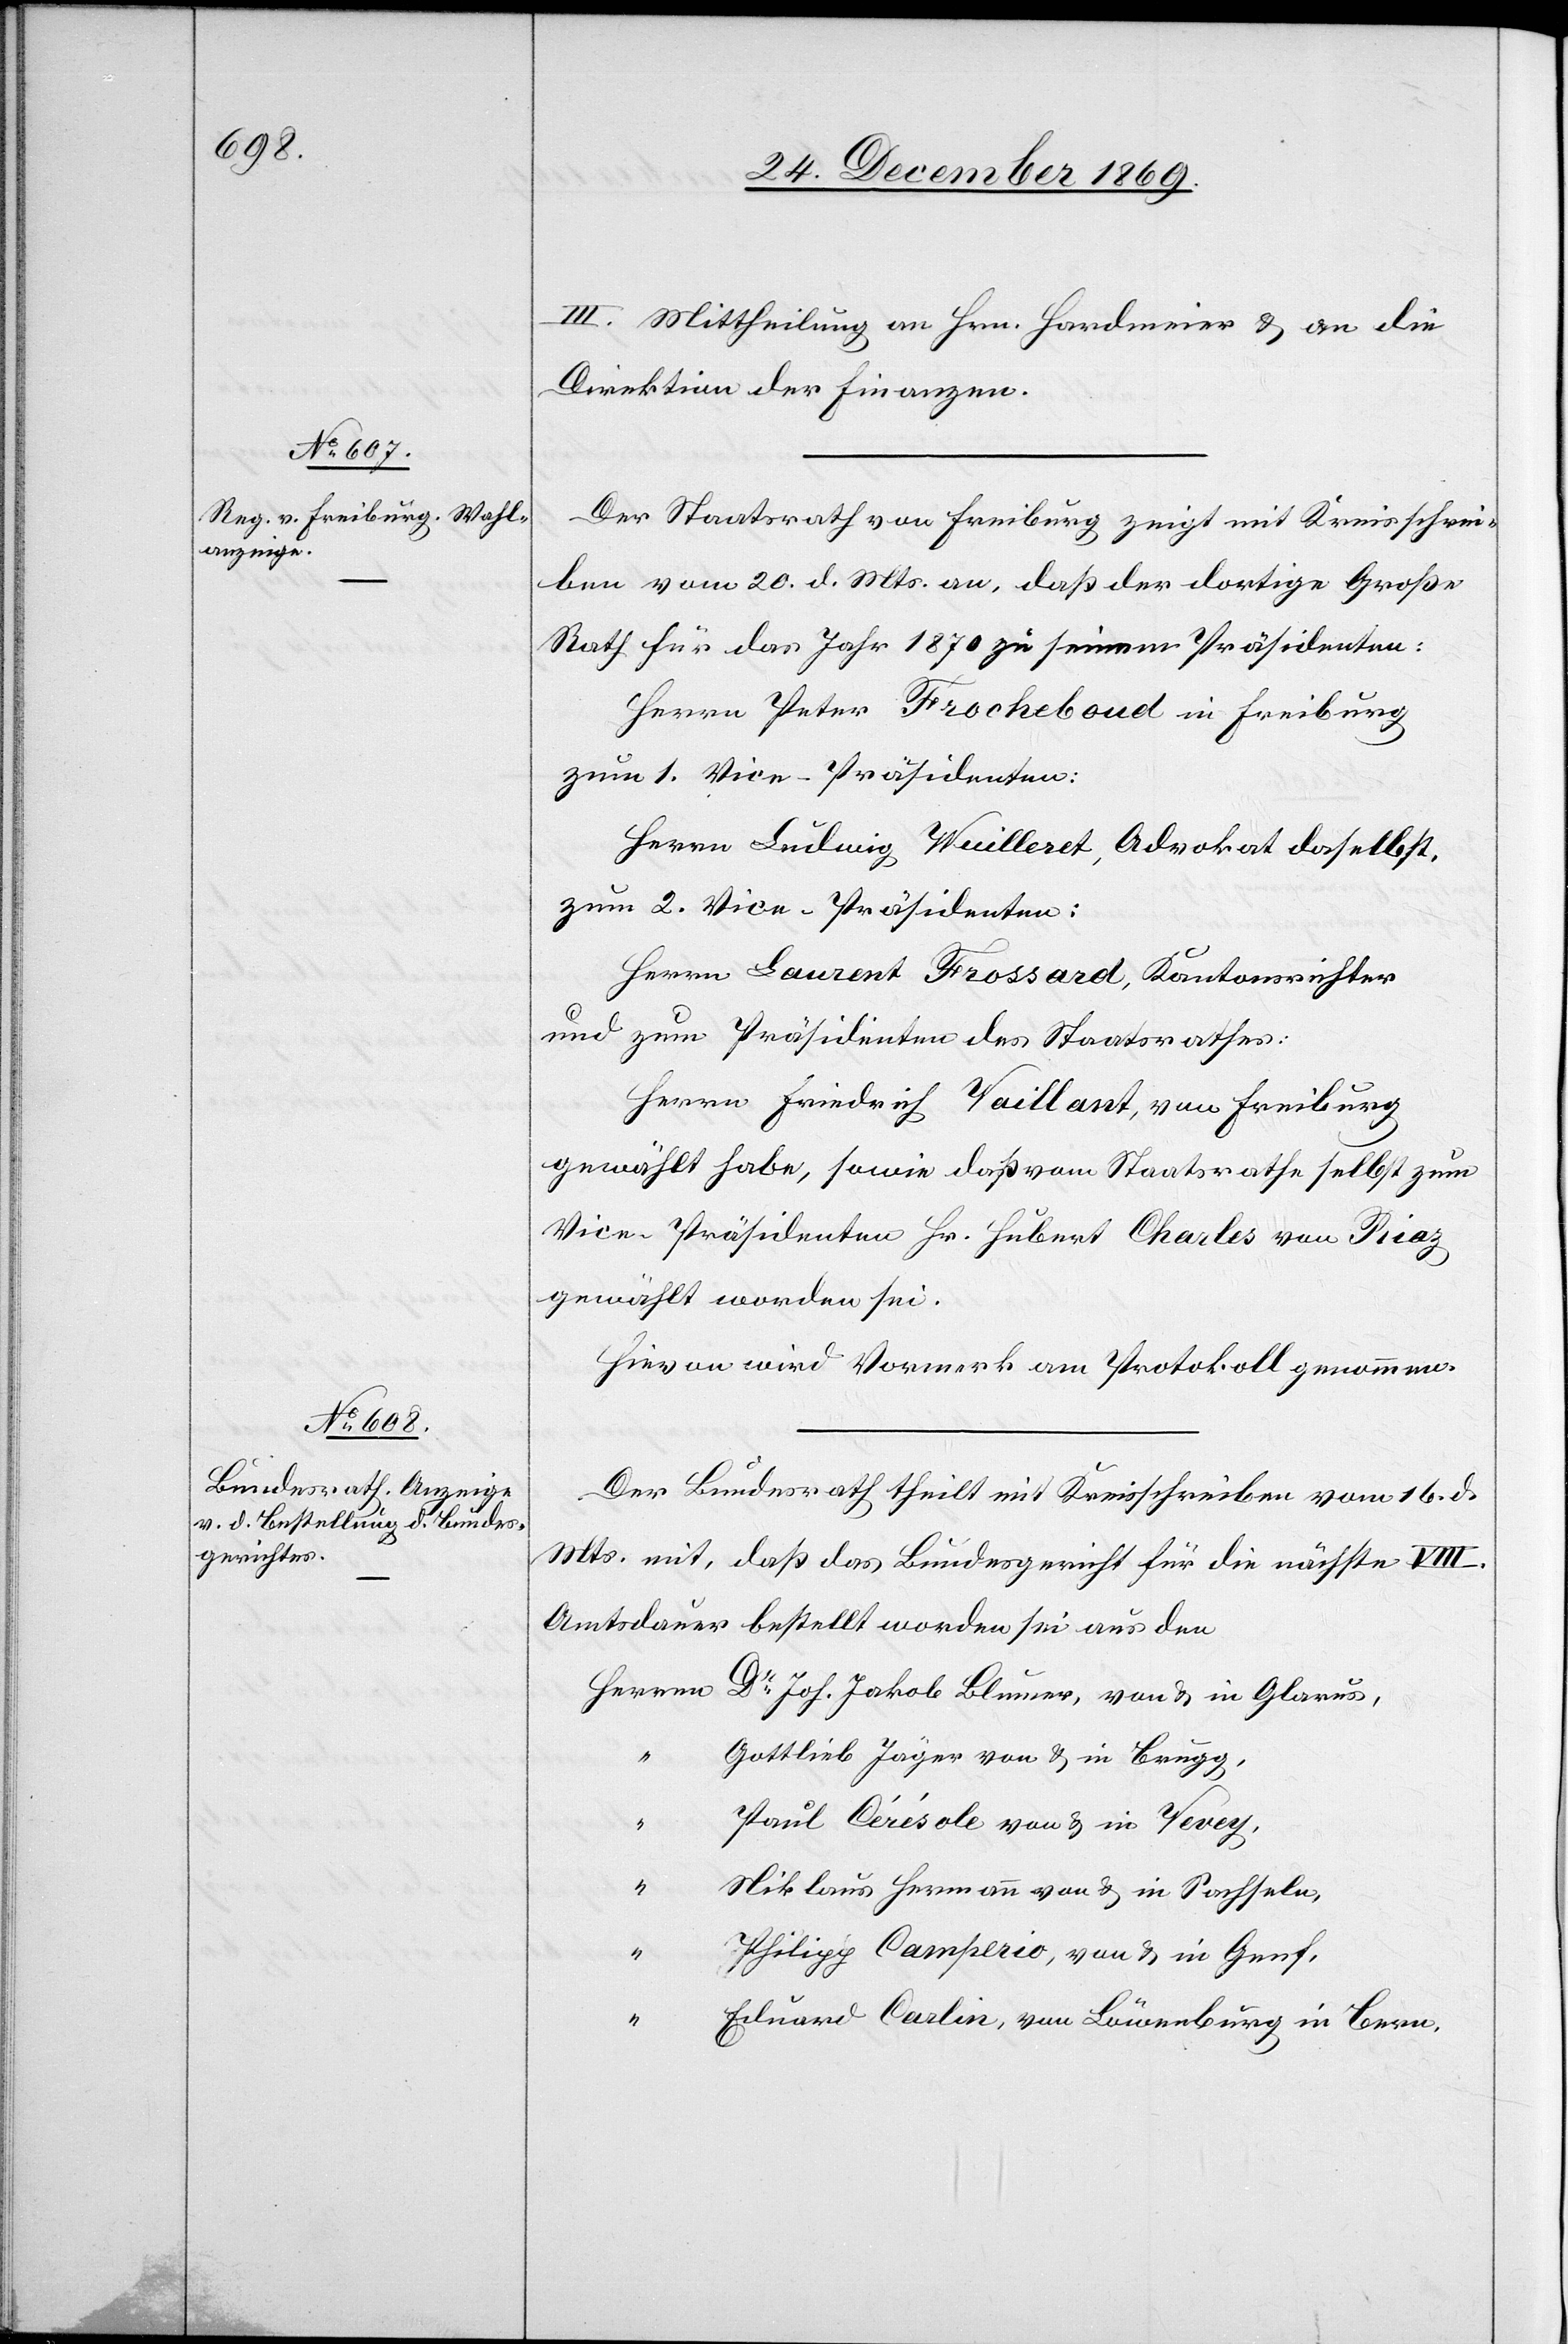
III. Mittheilung an Hrn. Hardmeier & an die
Direktion der Finanzen.
Der Staatsrath von Freiburg zeigt mit Kreisschrei¬
ben vom 20. d. Mts. an, daß der dortige Große
Rath für das Jahr 1870 zu seinem Präsidenten:
zum 1. Vice-Präsidenten:
Herrn Ludwig Wuilleret, Advokat daselbst,
zum 2. Vice-Präsidenten:
Herrn Laurent Frossard, Kantonsrichter
und zum Präsidenten des Staatsrathes:
Herrn Friedrich Vaillant, von Freiburg,
gewählt habe, sowie daß vom Staatsrathe selbst zum
Vice-Präsidenten Hr. Hubert Charles von Riaz
gewählt worden sei.
Hievon wird Vormerk am Protokoll genommen.
Der Bundesrath theilt mit Kreisschreiben vom 16. d.
Mts. mit, daß das Bundesgericht für die nächste VIII.
Amtsdauer bestellt worden sei aus den
Dr Joh. Jakob Blumer, von & in Glarus,
Gottlieb Jäger von & in Brugg,
Paul Cérésole von & in Vevey,
“
Niklaus Hermann von & in Sachseln,
Philipp Camperio, von & in Genf,
“
Eduard Carlin, von Löwenburg in Bern,